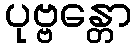
ပုဗ္ဗန္တော